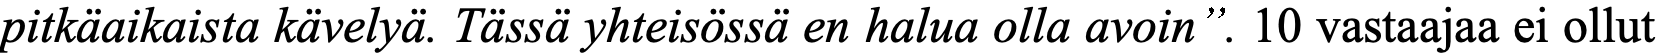
pitkäaikaista kävelyä. Tässä yhteisössä en halua olla avoin”. 10 vastaajaa ei ollut